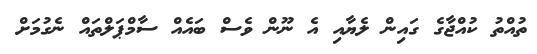
ތުއްތު ކުއްޖާގެ ގައިން ލެޔާއި އެ ނޫން ވެސް ބައެއް ސާމްޕަލްތައް ނެގުުމަށް